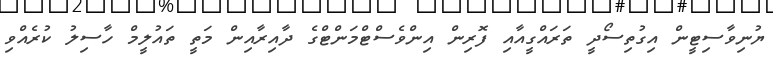
ޔުނިވާސިޓީން އިގުތިސޯދީ ތަރައްގީއާއި ފޮރިން އިންވެސްޓްމަންޓްގެ ދާއިރާއިން މަތީ ތައުލީމް ހާސިލު ކުރެއްވި